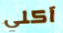
آكلي